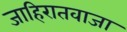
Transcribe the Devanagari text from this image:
जाहिरातवाजा